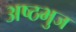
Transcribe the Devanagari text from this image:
अष्ठभुज